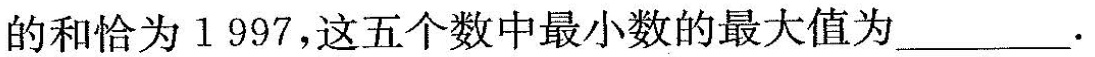
五个数的和恰为1997，这五个数中最小数的最大值为___.